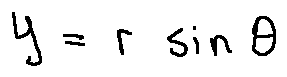
y = r \sin \theta